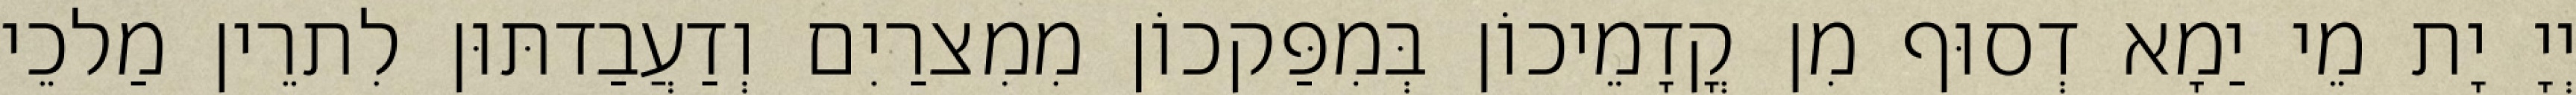
יְיָ יָת מֵי יַמָא דְסוּף מִן קֳדָמֵיכוֹן בְּמִפַּקכוֹן מִמִצרַיִם וְדַעֲבַדתּוּן לִתרֵין מַלכֵי